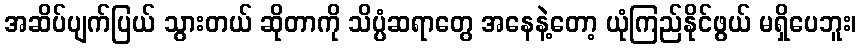
အဆိပ်ပျက်ပြယ် သွားတယ် ဆိုတာကို သိပ္ပံဆရာတွေ အနေနဲ့တော့ ယုံကြည်နိုင်ဖွယ် မရှိပေဘူး၊